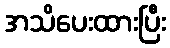
အသိပေးထားပြီး